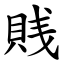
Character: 賎